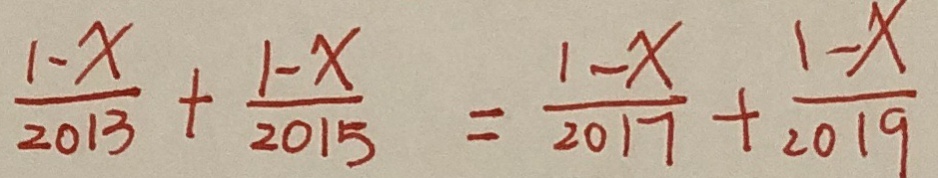
\frac { 1 - x } { 2 0 1 3 } + \frac { 1 - x } { 2 0 1 5 } = \frac { 1 - x } { 2 0 1 7 } + \frac { 1 - x } { 2 0 1 9 }